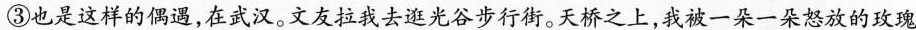
③也是这样的偶遇,在武汉。文友拉我去逛光谷步行街。天桥之上,我被一朵一朵怒放的玫瑰